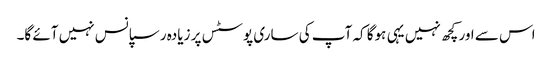
اس سے اور کچھ نہیں یہی ہوگا کہ آپ کی ساری پوسٹس پر زیادہ رسپانس نہیں آئے گا۔